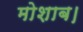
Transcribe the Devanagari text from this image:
मोशाब।